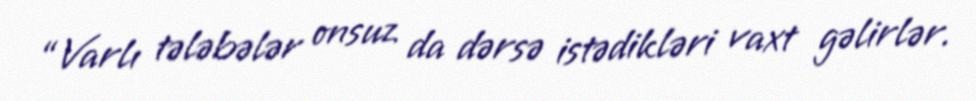
“Varlı tələbələr onsuz da dərsə istədikləri vaxt gəlirlər.